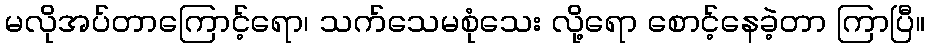
မလိုအပ်တာကြောင့်ရော၊ သက်သေမစုံသေး လို့ရော စောင့်နေခဲ့တာ ကြာပြီ။